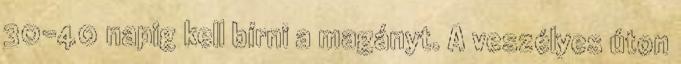
30-40 napig kell bírni a magányt. A veszélyes úton